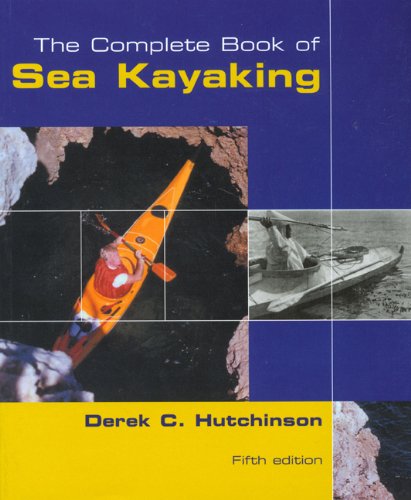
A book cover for The Complete Book of Sea Kayaking, 5th (How to Paddle Series); Derek C. Hutchinson; Sports & Outdoors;